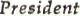
President